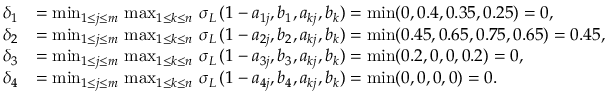
\begin{array} { r l } { \delta _ { 1 } } & { = \operatorname* { m i n } _ { 1 \leq j \leq m } \, \operatorname* { m a x } _ { 1 \leq k \leq n } \, \sigma _ { L } \, ( 1 - a _ { 1 j } , b _ { 1 } , a _ { k j } , b _ { k } ) = \operatorname* { m i n } ( 0 , 0 . 4 , 0 . 3 5 , 0 . 2 5 ) = 0 , } \\ { \delta _ { 2 } } & { = \operatorname* { m i n } _ { 1 \leq j \leq m } \, \operatorname* { m a x } _ { 1 \leq k \leq n } \, \sigma _ { L } \, ( 1 - a _ { 2 j } , b _ { 2 } , a _ { k j } , b _ { k } ) = \operatorname* { m i n } ( 0 . 4 5 , 0 . 6 5 , 0 . 7 5 , 0 . 6 5 ) = 0 . 4 5 , } \\ { \delta _ { 3 } } & { = \operatorname* { m i n } _ { 1 \leq j \leq m } \, \operatorname* { m a x } _ { 1 \leq k \leq n } \, \sigma _ { L } \, ( 1 - a _ { 3 j } , b _ { 3 } , a _ { k j } , b _ { k } ) = \operatorname* { m i n } ( 0 . 2 , 0 , 0 , 0 . 2 ) = 0 , } \\ { \delta _ { 4 } } & { = \operatorname* { m i n } _ { 1 \leq j \leq m } \, \operatorname* { m a x } _ { 1 \leq k \leq n } \, \sigma _ { L } \, ( 1 - a _ { 4 j } , b _ { 4 } , a _ { k j } , b _ { k } ) = \operatorname* { m i n } ( 0 , 0 , 0 , 0 ) = 0 . } \end{array}